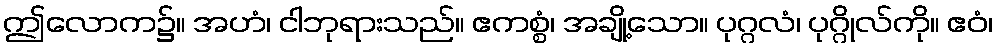
ဤလောက၌။ အဟံ၊ ငါဘုရားသည်။ ဧကစ္စံ၊ အချို့သော။ ပုဂ္ဂလံ၊ ပုဂ္ဂိုလ်ကို။ ဧဝံ၊